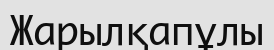
Жарылқапұлы